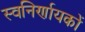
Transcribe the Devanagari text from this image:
स्वनिर्णायकों